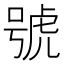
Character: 號